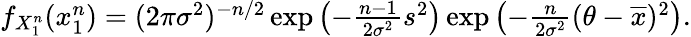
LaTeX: \begin{array}{r}{f_{X_{1}^{n}}(x_{1}^{n})=(2\pi\sigma^{2})^{-n/2}\exp\left(-{\frac{n-1}{2\sigma^{2}}}s^{2}\right)\exp\left(-{\frac{n}{2\sigma^{2}}}(\theta-{\overline{{x}}})^{2}\right).}\end{array}